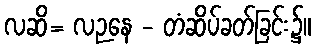
လဆိ= လဉနေ - တံဆိပ်ခတ်ခြင်း၌။